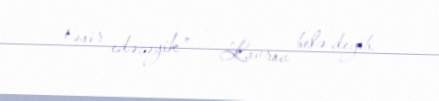
təsir edəcəyik” – Lavrov belə deyib.